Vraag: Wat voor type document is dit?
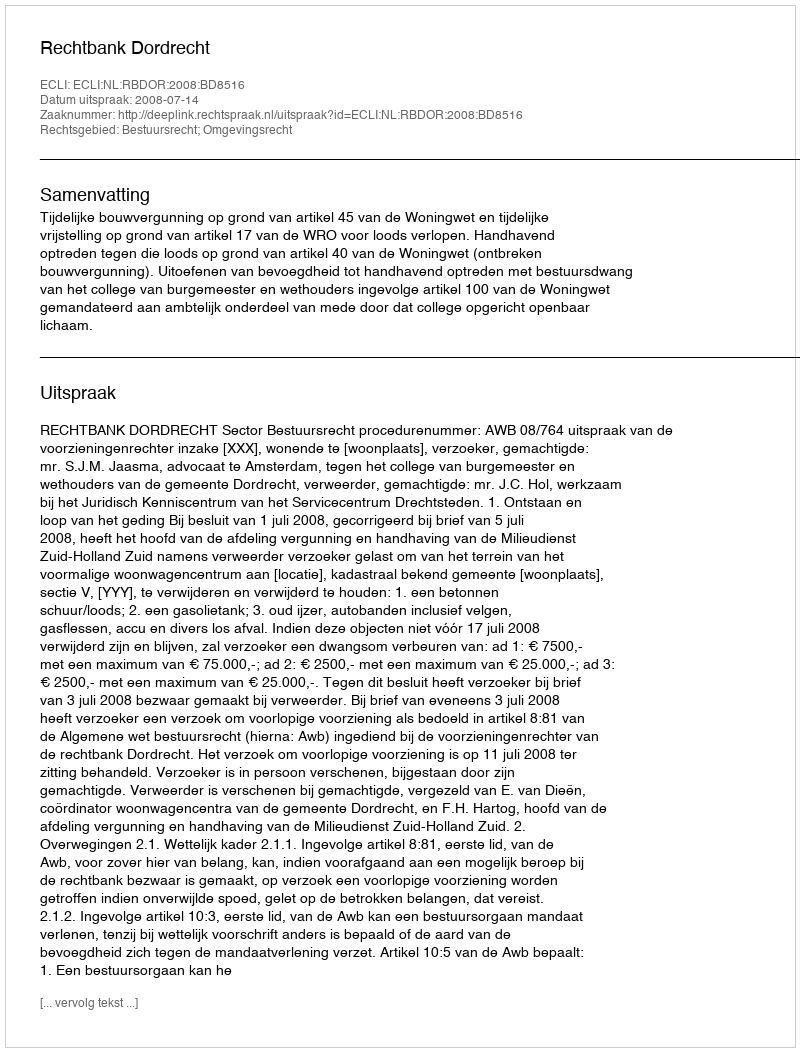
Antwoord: Uitspraak